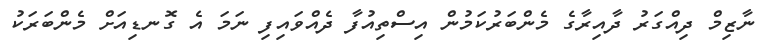
ނާޒިމް ދިއްގަރު ދާއިރާގެ މެންބަރުކަމުން އިސްތިއުފާ ދެއްވައިފި ނަމަ އެ ގޮނޑިއަށް މެންބަރަކު